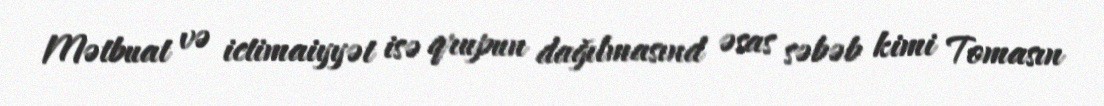
Mətbuat və ictimaiyyət isə qrupun dağılmasınd əsas səbəb kimi Tomasın